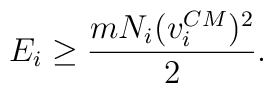
E_{i}\ge \frac{m N_{i} (v^{CM}_{i})^{2}}{2}.